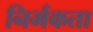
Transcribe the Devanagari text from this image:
निर्भकता